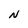
Character: N